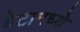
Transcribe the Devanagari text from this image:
बेटामध्ये